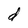
Character: d